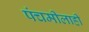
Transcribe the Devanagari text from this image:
पंचमीलाही